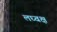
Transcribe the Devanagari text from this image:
लघ्वक्ष